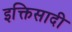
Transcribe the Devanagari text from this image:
इक्तिसादी